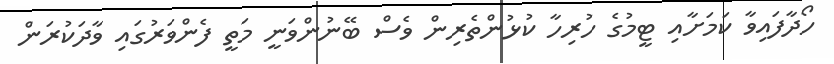
ހޯދާފައިވާ ކަމަށާއި ޓީމުގެ ހުރިހާ ކުޅުންތެރިން ވެސް ބޭނުންވަނީ މަތީ ފެންވަރުގައި ވާދަކުރަން